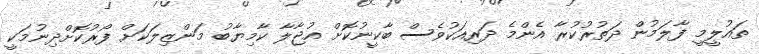
ތައުލީމީ ފާލަމުން ދަތުރުކުރާ އެންމެ ދަރިއަކުވެސް ބާކީނުކޮށް އުޖާލާ ކާމިޔާބު މަންޒިލަކަށް ފޯރުކޮށްދިނުމަކީ